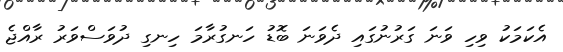
އެކަމަކު ވިހި ވަނަ ގަރުނުގައި ދެވަނަ ބޮޑު ހަނގުރާމަ ހިނގި ދުވަސްވަރު ރާއްޖެ